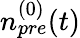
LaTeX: n_{pre}^{(0)}(t)